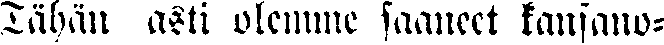
Tähän asti olemme saaneet kansano-